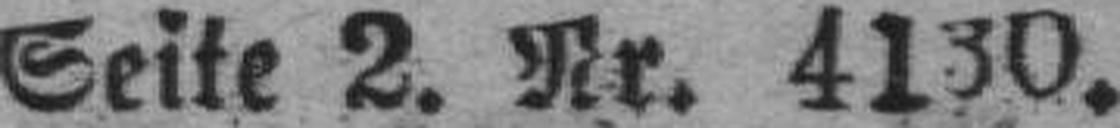
Seite 2. Nr. 4130.